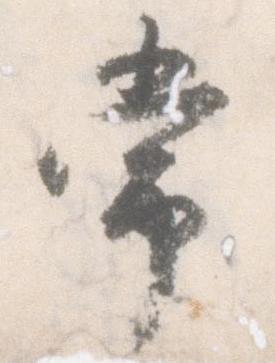
常